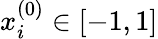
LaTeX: x_{i}^{(0)}\in[-1,1]